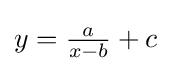
y={\tfrac {a}{x-b}}+c